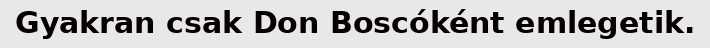
Gyakran csak Don Boscóként emlegetik.